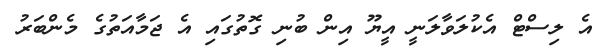
އެ ލިސްޓް އެކުލަވާލަނީ އީޔޫ އިން ބުނި ގޮތުގައި އެ ޖަމާއަތުގެ މެންބަރު